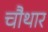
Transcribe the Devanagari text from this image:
चौथार